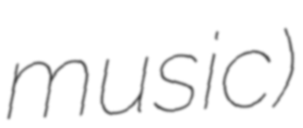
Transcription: music)